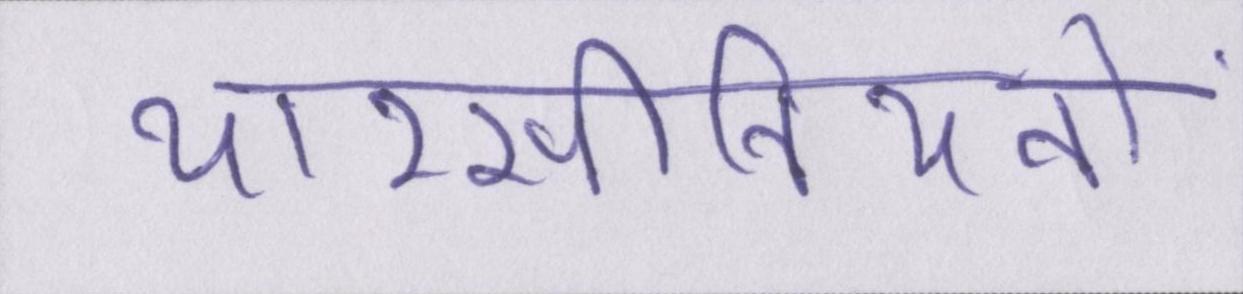
यारसीनियनों